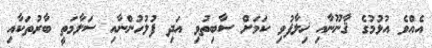
އެއްވެ އުޅުމުގެ ޤާނޫނާއި ޚިލާފުވި ކަމަށް ސާބިތުވި އަދި ފުލުހުންނާއި ސަލާމަތީ ބާރުތަކާއި